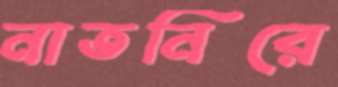
নাতনিরে